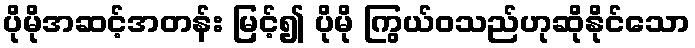
ပိုမိုအဆင့်အတန်း မြင့်၍ ပိုမို ကြွယ်ဝသည်ဟုဆိုနိုင်သော